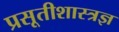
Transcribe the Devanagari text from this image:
प्रसूतीशास्त्रज्ञ